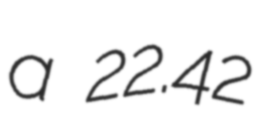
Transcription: a 22.42